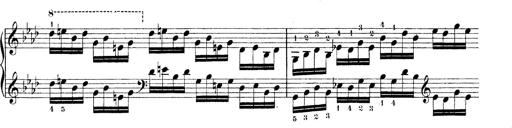
Title: Technische Studien
Composer: Franz Liszt